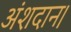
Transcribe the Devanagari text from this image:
अंशदान।